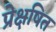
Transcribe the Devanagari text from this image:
प्रेक्षषित